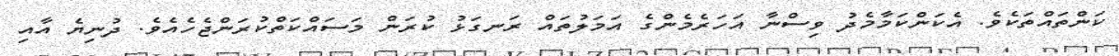
ކަންތައްތަކެވެ. އެކަންކަމާމެދު ވިސްނާ އަހަރެމެންގެ އަމަލުތައް ރަނގަޅު ކުރަން މަސައްކަތްކުރަންޖެހެއެވެ. ދުނިޔެ އާއި